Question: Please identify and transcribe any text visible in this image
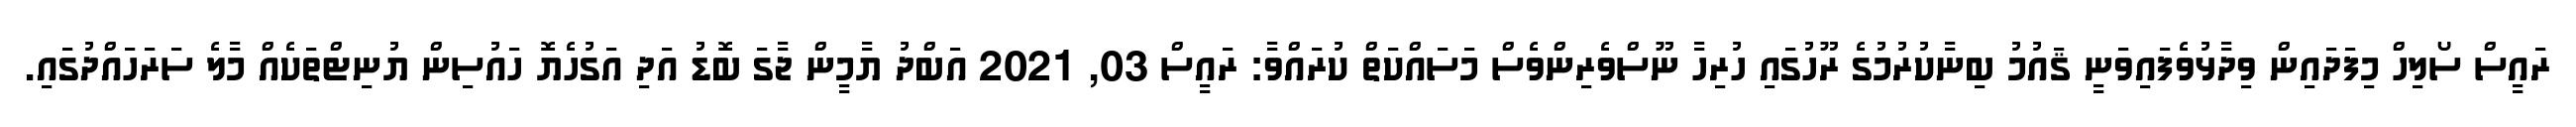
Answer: ރައީސް ސޯލިހް މިފަދައިން ވިދާޅުވެފައިވަނީ ޤައުމު ބިނާކުރުމުގެ ރޫހުގައި ހުރިހާ ނޫސްވެރިންވެސް މަސައްކަތް ކުރައްވާ: ރައީސް 03, 2021 އަބްދު ޔާމީން ޖާގަ ބޮޑު އަދި އަގުހެޔޮ ހައުސިން ޔުނިޓްތަކެއް މާލެ ސަރަހައްދުގައި.